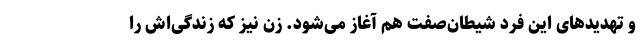
و تهدیدهای این فرد شیطان‌صفت هم آغاز می‌شود. زن نیز که زندگی‌اش را